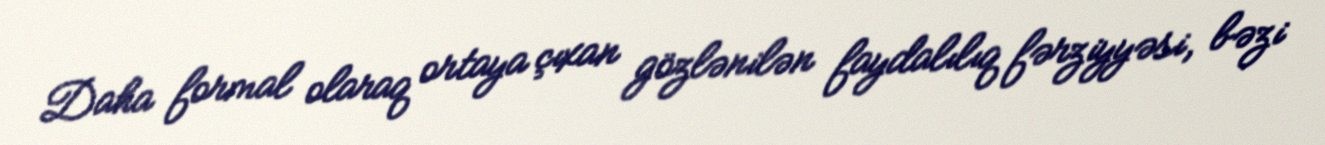
Daha formal olaraq ortaya çıxan gözlənilən faydalılıq fərziyyəsi, bəzi